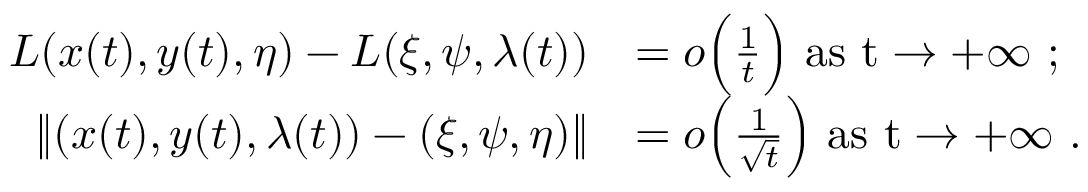
\begin{array} { r l } { L ( x ( t ) , y ( t ) , \eta ) - L ( \xi , \psi , \lambda ( t ) ) } & { = o \Big ( \frac { 1 } { t } \Big ) \ \mathrm { a s ~ t \to + \infty ~ } ; } \\ { \lVert ( x ( t ) , y ( t ) , \lambda ( t ) ) - ( \xi , \psi , \eta ) \rVert } & { = o \Big ( \frac { 1 } { \sqrt { t } } \Big ) \ \mathrm { a s ~ t \to + \infty ~ } . } \end{array}